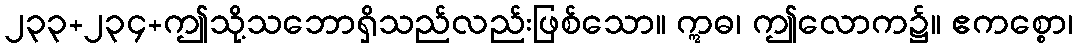
၂၃၃+၂၃၄+ဤသို့သဘောရှိသည်လည်းဖြစ်သော။ ဣဓ၊ ဤလောက၌။ ဧကစ္စော၊